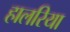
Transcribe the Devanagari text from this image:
हालरिया